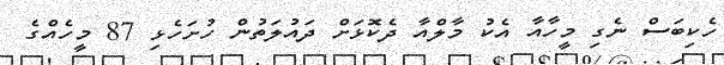
ހެކިބަސް ނެގި މީހާއާ އެކު މާލްއާ ދެކޮޅަށް ދައުލަތުން ހުށަހެޅި 87 މީހެއްގެ